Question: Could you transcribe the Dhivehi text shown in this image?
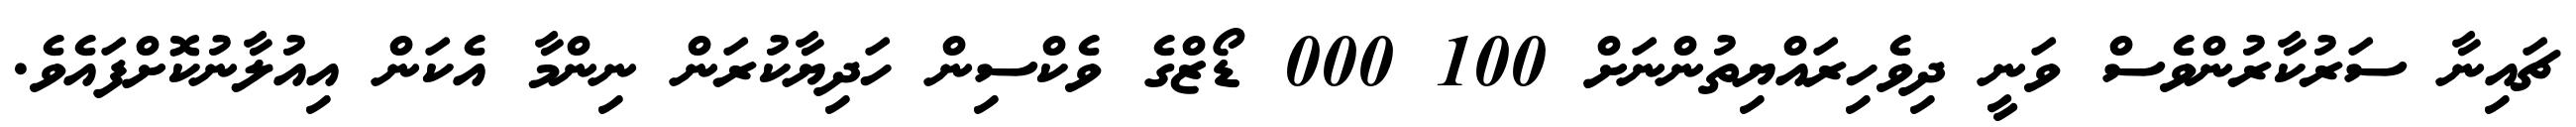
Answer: ޗައިނާ ސަރުކާރުންވެސް ވަނީ ދިވެހިރައްޔިތުންނަށް 100 000 ޑޯޒްގެ ވެކްސިން ހަދިޔާކުރަން ނިންމާ އެކަން އިއުލާނުކޮށްފައެވެ.